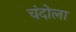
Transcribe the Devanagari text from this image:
चंदोला